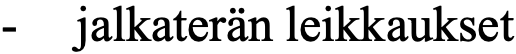
-  jalkaterän leikkaukset